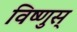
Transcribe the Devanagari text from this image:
विष्णुस्